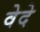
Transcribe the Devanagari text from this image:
वेदे